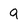
Character: 9